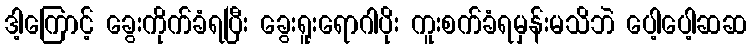
ဒါ့ကြောင့် ခွေးကိုက်ခံရပြီး ခွေးရူးရောဂါပိုး ကူးစက်ခံရမှန်းမသိဘဲ ပေါ့ပေါ့ဆဆ